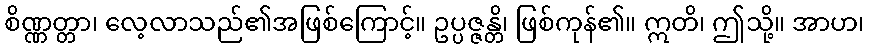
စိဏ္ဏတ္တာ၊ လေ့လာသည်၏အဖြစ်ကြောင့်။ ဥပ္ပဇ္ဇန္တိ၊ ဖြစ်ကုန်၏။ ဣတိ၊ ဤသို့။ အာဟ၊